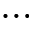
\dots